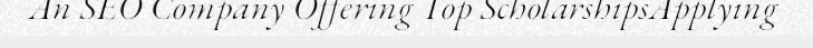
An SEO Company Offering Top ScholarshipsApplying